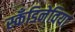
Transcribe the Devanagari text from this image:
स्कँडिनेविया